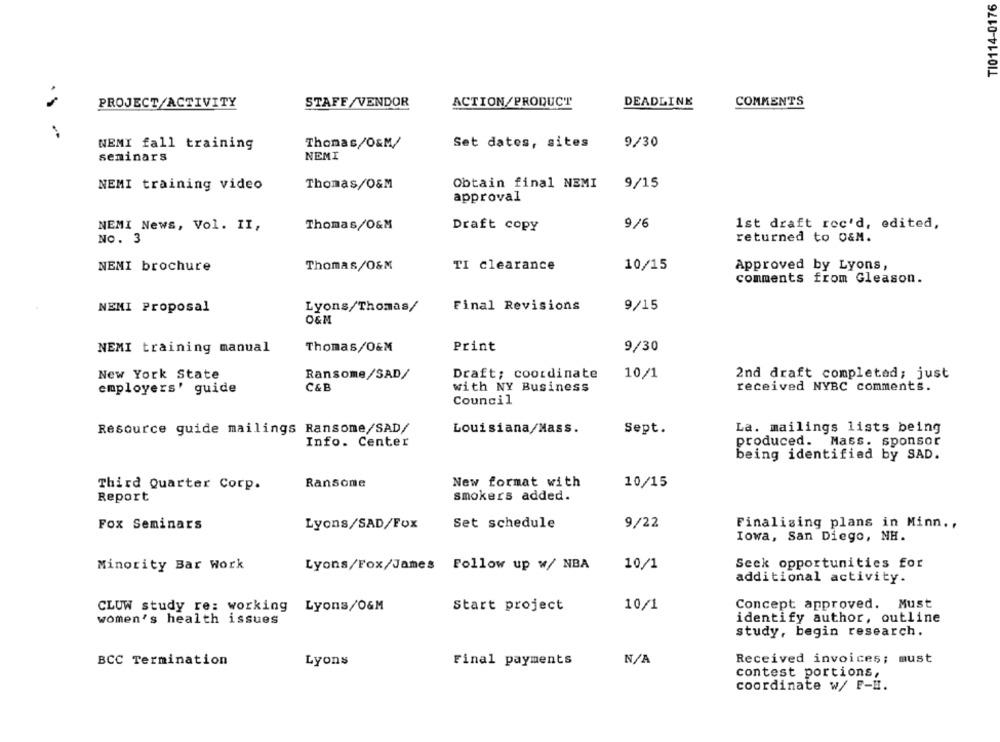
TI0114-0176
PROJECT/ACTIVITY
STAFF/VENDOR
ACTION/PRODUCT
DEADLINE
COMMENTS
NEMI fall training
Thomas/O&M/
Set dates, sites
9/30
NEMI
seminars
NEMI training video
Thomas/O&M
Obtain final NEMI
9/15
approval
NEMI News, Vol. II,
Thomas/O&M
Draft copy
9/6
1st draft roc'd, edited,
NO. 3
returned to O&M.
NENI brochure
Thomas/O&M
TI clearance
10/15
Approved by Lyons,
comments from Gleason.
NEMI Proposal
Lyons/Thomas/
Final Revisions
9/15
O&M
NEMI training manual
Thomas/O&M
Print
9/30
New York State
Ransome/SAD/
Draft; coordinate
10/1
2nd draft completed; just
employers' guide
C&B
with NY Business
received NYBC comments.
Council
Resource guide mailings Ransome/SAD/
Louisiana/Mass.
Sept.
La. mailings lists being
Info. Center
produced. Mass. sponsor
being identified by SAD.
10/15
Third Quarter Corp.
Ransome
New format with
Report
smokers added.
Fox Seminars
Lyons/SAD/Fox
Set schedule
9/22
Finalising plans in Minn .,
Iowa, San Diego, NH.
Seek opportunities for
Minority Bar Work
Lyons/Fox/James Follow up w/ NBA
10/1
additional activity.
CLUW study re: working Lyons/O&M
Start project
10/1
Concept approved. Must
women's health issues
identify author, outline
study, begin research.
Received invoices; must
BCC Termination
Lyons
Final payments
contest portions,
coordinate w/ F-H.